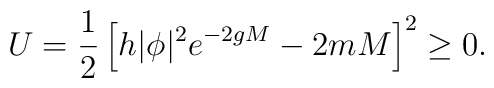
U = \frac{1}{2}\left[h |\phi|^2 e^{-2gM} - 2mM\right]^2 \geq 0 .